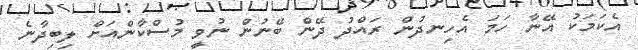
އެކަމަކު އޭނާ ހަމަ އެހިނދުން ރައްދު ދޭން ބޭނުން ނުވީ މުސްކާންއަށް ލިބިދާނެ